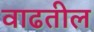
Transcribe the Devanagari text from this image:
वाढतील